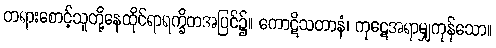
တရားစောင့်သူတို့နေထိုင်ရာရက္ခိတအပြင်၌။ ကောဋိသတာနံ၊ ကုဋေအရာမျှကုန်သော။